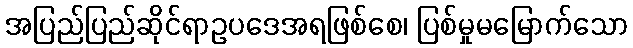
အပြည်ပြည်ဆိုင်ရာဥပဒေအရဖြစ်စေ၊ ပြစ်မှုမမြောက်သော